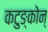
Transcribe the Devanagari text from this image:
कटुङ्कोन्